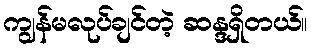
ကျွန်မလုပ်ချင်တဲ့ ဆန္ဒရှိတယ်။